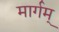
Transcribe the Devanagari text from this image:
मार्गम्‌